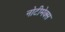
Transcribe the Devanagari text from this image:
नोटीमेक्स